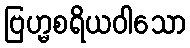
ဗြဟ္မစရိယဝါသော